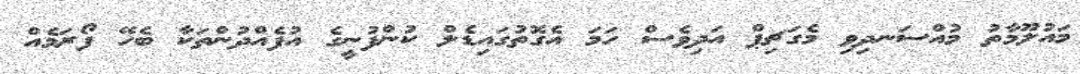
މައުލޫމާތު މުއްސަނދިވި މެގަޗިޕް އަދިވެސް ހަމަ އެގޮތުގައިޑެލް ކުންފުނީގެ އުފެއްދުންތަކާ ބެހޭ ފޯރަމެއް